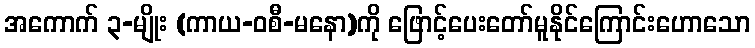
အကောက် ၃-မျိုး (ကာယ-ဝစီ-မနော)ကို ဖြောင့်ပေးတော်မူနိုင်ကြောင်းဟောသော